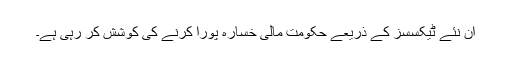
ان نئے ٹیکسسز کے ذریعے حکومت مالی خسارہ پورا کرنے کی کوشش کر رہی ہے۔